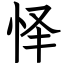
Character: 怿